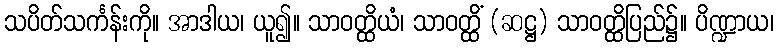
သပိတ်သင်္ကန်းကို။ အာဒါယ၊ ယူ၍။ သာဝတ္ထိယံ၊ သာဝတ္ထိံ (ဆဋ္ဌ) သာဝတ္ထိပြည်၌။ ပိဏ္ဍာယ၊